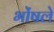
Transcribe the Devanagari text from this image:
भोंषले